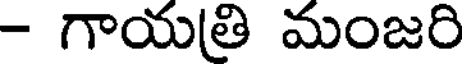
- గాయత్రి మంజరి